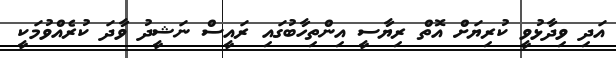
އަދި ވިދާޅުވީ ކުރިޔަށް އޮތް ރިޔާސީ އިންތިހާބުގައި ރައީސް ނަޝީދު ވާދަ ކުރެއްވުމަކީ